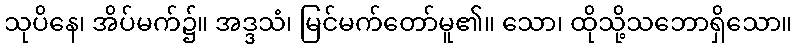
သုပိနေ၊ အိပ်မက်၌။ အဒ္ဒသံ၊ မြင်မက်တော်မူ၏။ သော၊ ထိုသို့သဘောရှိသော။